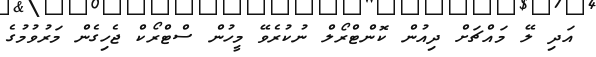
އަދި ލޭ މައްޗަށް ދިއުން ކޮންޓްރޯލް ނުކުރެވޭ މީހުން ސްޓްރޯކް ޖެހިގެން މަރުވުމުގެ